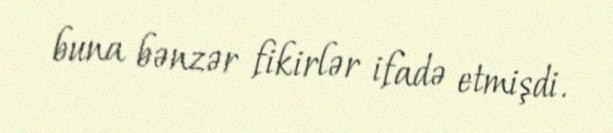
buna bənzər fikirlər ifadə etmişdi.